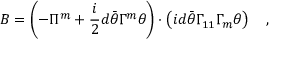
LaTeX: B = \left( - \Pi ^ { m } + \frac i 2 d \bar { \theta } \Gamma ^ { m } \theta \right) \cdot \left( i d \bar { \theta } \Gamma _ { 1 1 } \Gamma _ { m } \theta \right) \quad ,